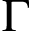
\Gamma